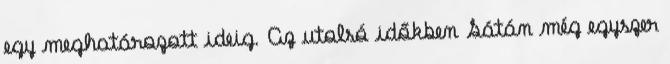
egy meghatározott ideig. Az utolsó időkben Sátán még egyszer